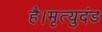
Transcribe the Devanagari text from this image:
है।मृत्युदंड